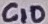
Text: C10